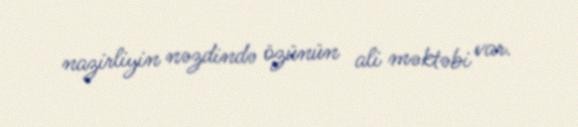
nazirliyin nəzdində özünün ali məktəbi var.